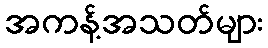
အကန့်အသတ်များ